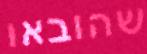
שהובאו